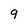
Character: 9